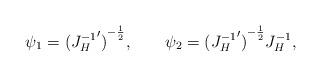
LaTeX: \begin{align*}\psi_1={({J_H^{-1}}')}^{-{1\over 2}},\qquad \psi_2={({J_H^{-1}}')}^{-{1\over 2}} J_H^{-1}, \end{align*}